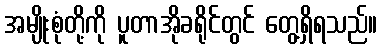
အမျိုးစုံတို့ကို ပူတာအိုခရိုင်တွင် တွေ့ရှိရသည်။